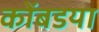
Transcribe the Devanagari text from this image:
कोंबडया